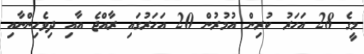
މީގެ 28 އަހަރު ކުރިން އުމުރުން 20 އަހަރުގައި ރާއްޖެ އާއި ދިވެހިންނާއި